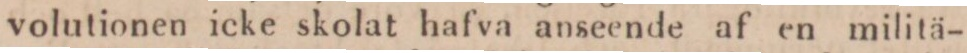
volutionen icke skolat hafva anseende af en militä-